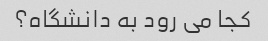
کجا می رود به دانشگاه؟